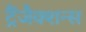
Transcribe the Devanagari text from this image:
ट्रैंजैक्शन्स